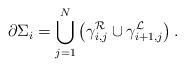
LaTeX: \begin{align*}\partial\Sigma_i=\bigcup_{j=1}^N\left(\gamma_{i,j}^{\mathcal{R}}\cup\gamma_{i+1,j}^{\mathcal{L}}\right).\end{align*}